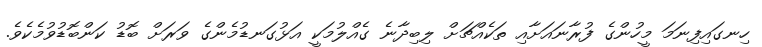
ހިނގައިފިނަމަ މީހުންގެ ފުރާނައަށާއި ތަކެއްޗަށް ލިބިދާނެ ގެއްލުމަކީ އަޅުގަނޑުމެންގެ ވަރަށް ބޮޑު ކަންބޮޑުވުމެކެވެ.